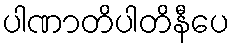
ပါဏာတိပါတိနီပေ